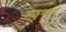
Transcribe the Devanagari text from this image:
कोडुमणम्